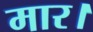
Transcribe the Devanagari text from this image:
मार।